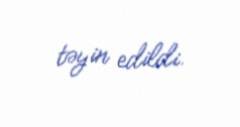
təyin edildi.